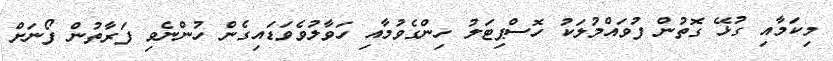
މިކަމާއި ގުޅޭ ގޮތުން ފުވައްމުލަކު ހޮސްޕިޓަލު ހިންގެވުމާއި ހަވާލުވެވަޑައިގެން ހުންނެވި ފަރާތުން ފޯނަށް